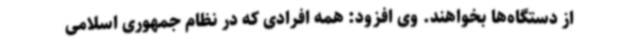
از دستگاه‌ها بخواهند. وی افزود: همه افرادی که در نظام جمهوری اسلامی